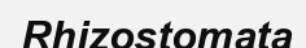
Rhizostomata